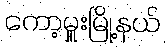
ကော့မှူးမြို့နယ်